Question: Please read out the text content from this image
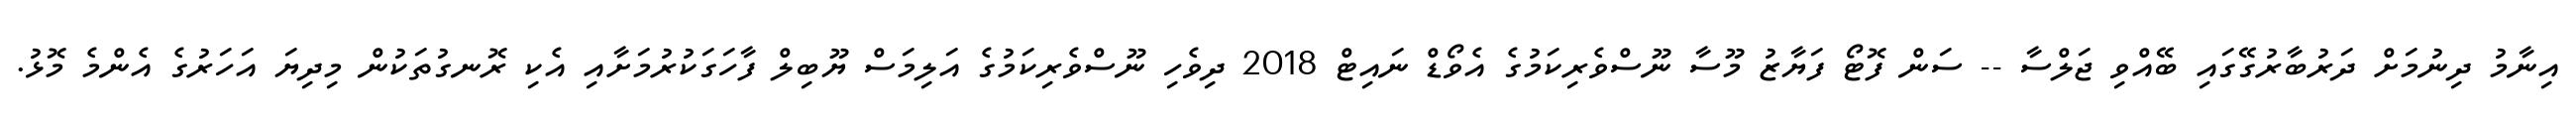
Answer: އިނާމު ދިނުމަށް ދަރުބާރުގޭގައި ބޭއްވި ޖަލްސާ -- ސަން ފޮޓޯ ފަޔާޒު މޫސާ ނޫސްވެރިކަމުގެ އެވޯޑް ނައިޓް 2018 ދިވެހި ނޫސްވެރިކަމުގެ އަލިމަސް ޔޫބިލް ފާހަގަކުރުމަށާއި އެކި ރޮނގުތަކުން މިދިޔަ އަހަރުގެ އެންމެ މޮޅު.